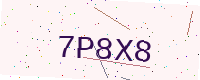
Text: 7P8X8